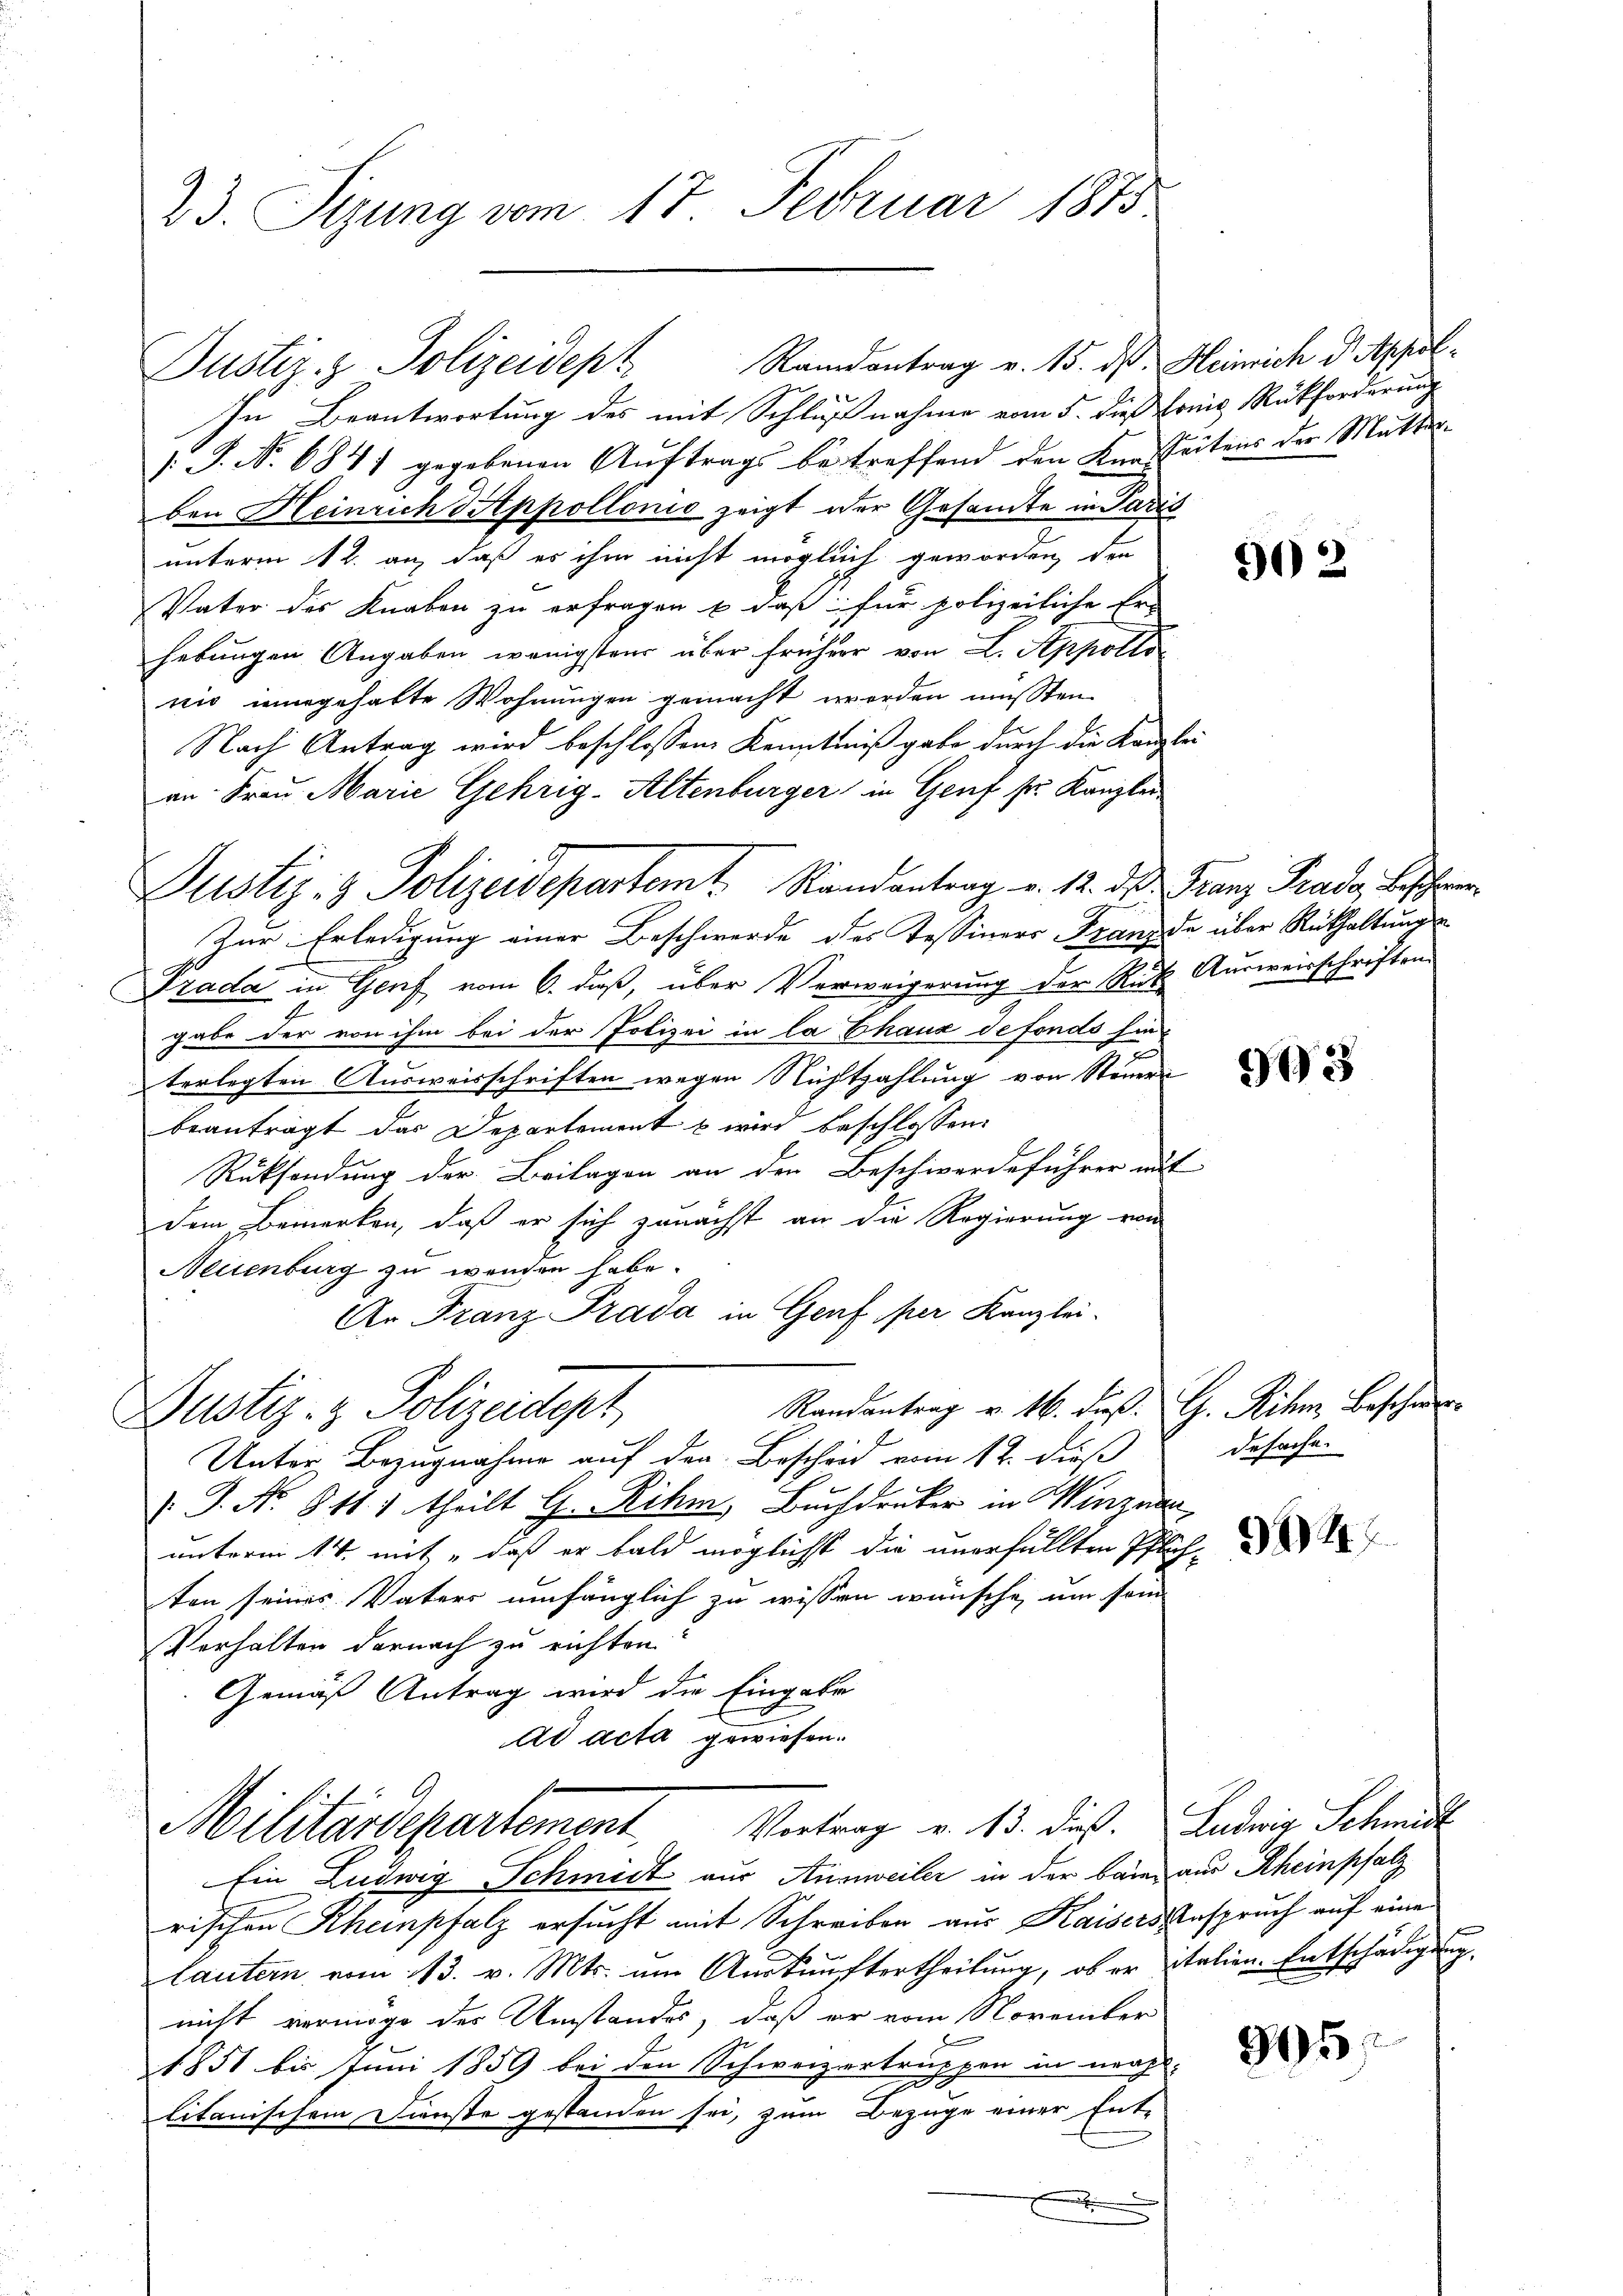
23. Sizung vom 17. Februar 1875

Justiz- & Polizeidep" Randantrag v. 15. ds. Heinrich d Appel¬
In Beantwortung des mit Schlußnahme vom 5. dieß somit Rückforderung
/: P. Nr. 6841 gegebenen Aŭftrags betreffend den Kanzleitens der Mutter-
ben Heinrich Keppollonis zeigt der Gesandte in Padis
unterm 12. an, daß es ihm nicht möglich geworden, den
Vater des Knaben zu erfragen u. daß für polizeiliche Er-
hebungen Angaben wenigstens über frühere von L. Appollo
nis ingehabte Wohnungen gemacht worden müssten.
Nach Antrag wird beschlossen, Kenntniß gabe durch die Kanzlei
an Frau Marie Gehrig-Altenburger in Genf fr. Kanzler
Justiz- & Polizeidepartem Randantrag v. 12. ds Franz Grade, bescheinen
Zur Erledigung einer Beschwerde des Tessiners Franzde über Rückhaltungs-
Prada in Genf vom 6. daß, über Verweigerung der Rük Ausweisschriften
gabe der von ihm bei der Polizei in la Chaux de fonds hin-
terlegten Ausweisschriften wegen Nichtzahlung von Steuern
beanträgt das Departement & wird beschlossen:
Rücksendung der Beilagen an den Beschwerdeführer mit
dem Bemerken, daß er sich zunächst an die Regierung von
Neuenburg zu wenden habe.
An Franz Prada in Genf, per Kanzlei-
Randantrag v. 16. Fuß. G. Rihm Beschwer
Justiz- & Polizeidept
Unter Bezugnahme auf den Bescheid vom 12. dieß
 P. Nr. 811. 1 theilt G. Rihm, Buchdruker in Winznau,
unterm 14. mit „daß er bald möglichst die unerfüllten Pflichten seines Vaters umfänglich zu wissen wünsche, um som
Verhalten darnach zu richten
Gemäß Antrag wird die Eingabe
ad acta gewiesen.
f
Militärdepartement, Vortrag v. 13. dieß. Ludwig Schmidt
Ein Ludwig Schmidt aus Ausweiler in der bainz aus Rheinpfalz
rischen Khempfalz ersucht mit Schreiben aus Kaisers Anspruch auf eine
lautern vom 113. v. Mts. um Auskünftertheilung, ob er italien. Entschädigung
nicht vermöge des Umstandes, daß er vom November
1851 bis Juni 1859 bei den Schweizertruppen in ural-
.
litanischem Dienste gestanden sei, zum Bezüge einer Ent-
.

902

303

desache.

3

805.